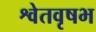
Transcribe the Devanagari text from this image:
श्वेतवृषभ